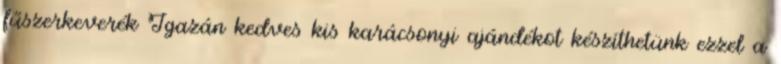
fűszerkeverék Igazán kedves kis karácsonyi ajándékot készíthetünk ezzel a